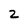
Character: 2